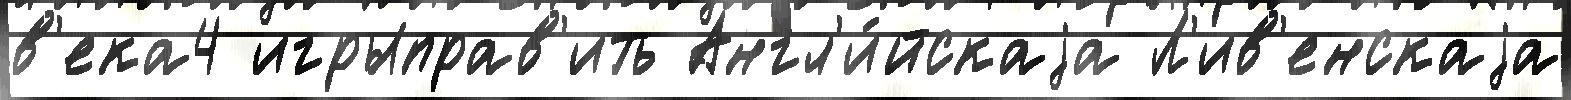
в'ека4 игрыправ'ить Англ'и́йскаjа Л'ив'енскаjа